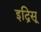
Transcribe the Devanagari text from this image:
इद्रिसू